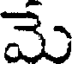
మె